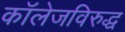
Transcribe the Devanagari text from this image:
कॉलेजविरुद्ध